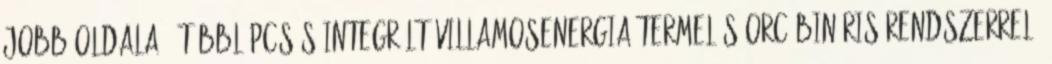
jobb oldala , többlépcsős integrált villamosenergia-termelés ORC bináris rendszerrel.